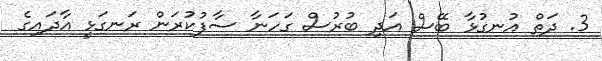
3. ދަތް އުނގުޅާ ބޭސް އަދި ބުރުސް ގަހަނާ ސާފުކުރަން ރަނގަޅީ އާދައިގެ